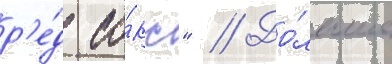
р'е́д со́кс" // До́льше